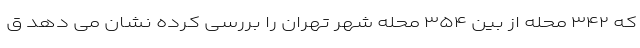
که ۳۴۲ محله از بین ۳۵۴ محله شهر تهران را بررسی کرده نشان می دهد ق